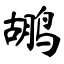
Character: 鹕